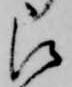
被